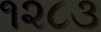
૧૨૮૩